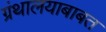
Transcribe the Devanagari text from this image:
ग्रंथालयाबाबत